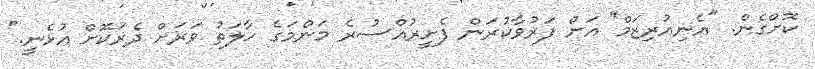
ކޮށްގެން. "އެނިއުރިޒަމް" އަށް ފަރުވާކުރަން ފެށީރުއްސުރެ މަންމަގެ ހާލަތު ވަރަށް ދެރަކޮށް އުޅެނީ."